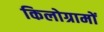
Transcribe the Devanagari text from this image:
किलोग्रामों